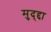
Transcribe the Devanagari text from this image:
मुद्द्दा